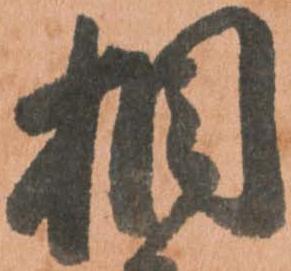
相